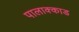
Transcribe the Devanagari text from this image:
पालाक्काड